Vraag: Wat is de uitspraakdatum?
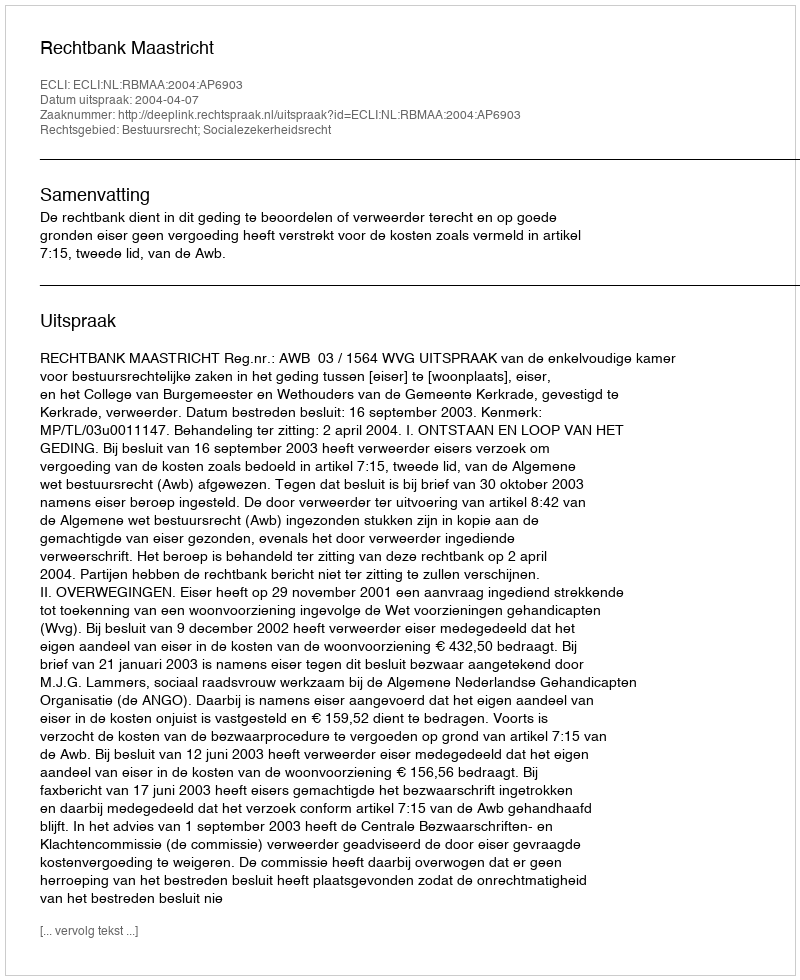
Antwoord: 2004-04-07